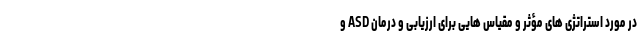
در مورد استراتژی های مؤثر و مقیاس هایی برای ارزیابی و درمان ASD و